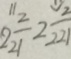
2 \frac { 2 } { 2 1 } 2 \frac { 2 } { 2 2 1 }